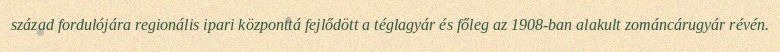
század fordulójára regionális ipari központtá fejlődött a téglagyár és főleg az 1908-ban alakult zománcárugyár révén.